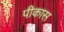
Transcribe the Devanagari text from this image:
पीकास